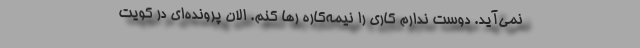
نمی‌آید. دوست ندارم کاری را نیمه‌کاره رها کنم. الان پرونده‌ای در کویت